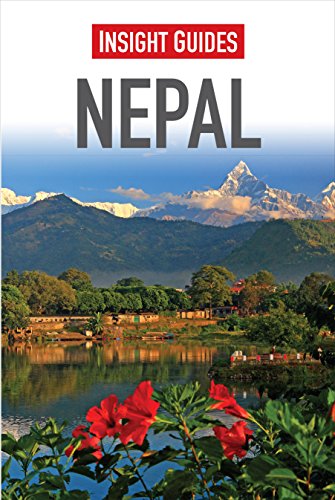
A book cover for Nepal (Insight Guides); Insight Guides; Travel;